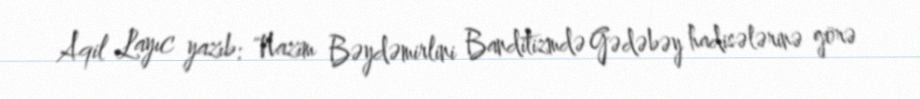
Aqil Layıc yazıb: "Nazim Bəydəmirlini Banditizmdə Gədəbəy hadisələrinə görə